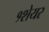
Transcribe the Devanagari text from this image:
१शेयर